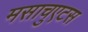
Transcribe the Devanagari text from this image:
मसाचुएटस